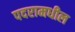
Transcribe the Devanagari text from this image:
पदरामधील